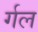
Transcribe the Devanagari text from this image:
र्गल